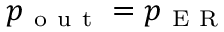
p _ { \mathrm { ~ o ~ u ~ t ~ } } = p _ { \mathrm { ~ E ~ R ~ } }